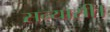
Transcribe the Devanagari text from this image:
सन्यासी।